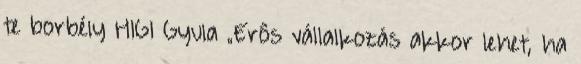
te borbély HIGI Gyula „Erôs vállalkozás akkor lehet, ha